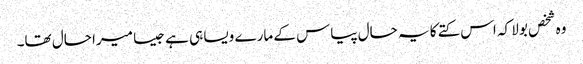
وہ شخص بولا کہ اس کتے کا یہ حال پیاس کے مارے ویسا ہی ہے جیسا میرا حال تھا۔